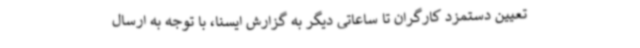
تعیین دستمزد کارگران تا ساعاتی دیگر به گزارش ایسنا، با توجه به ارسال